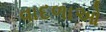
વાદળાઓ